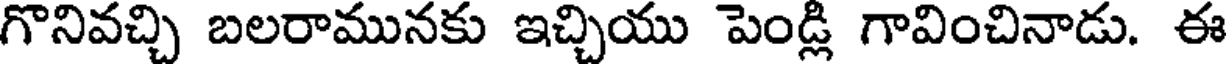
గొనివచ్చి బలరామునకు ఇచ్చియు పెండ్లి గావించినాడు. ఈ